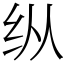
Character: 纵